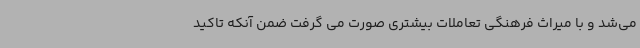
می‌شد و با میراث فرهنگی تعاملات بیشتری صورت می گرفت ضمن آنکه تاکید